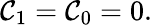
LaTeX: \mathcal{C}_{1}=\mathcal{C}_{0}=0.